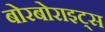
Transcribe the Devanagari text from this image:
बोरबोराइट्स